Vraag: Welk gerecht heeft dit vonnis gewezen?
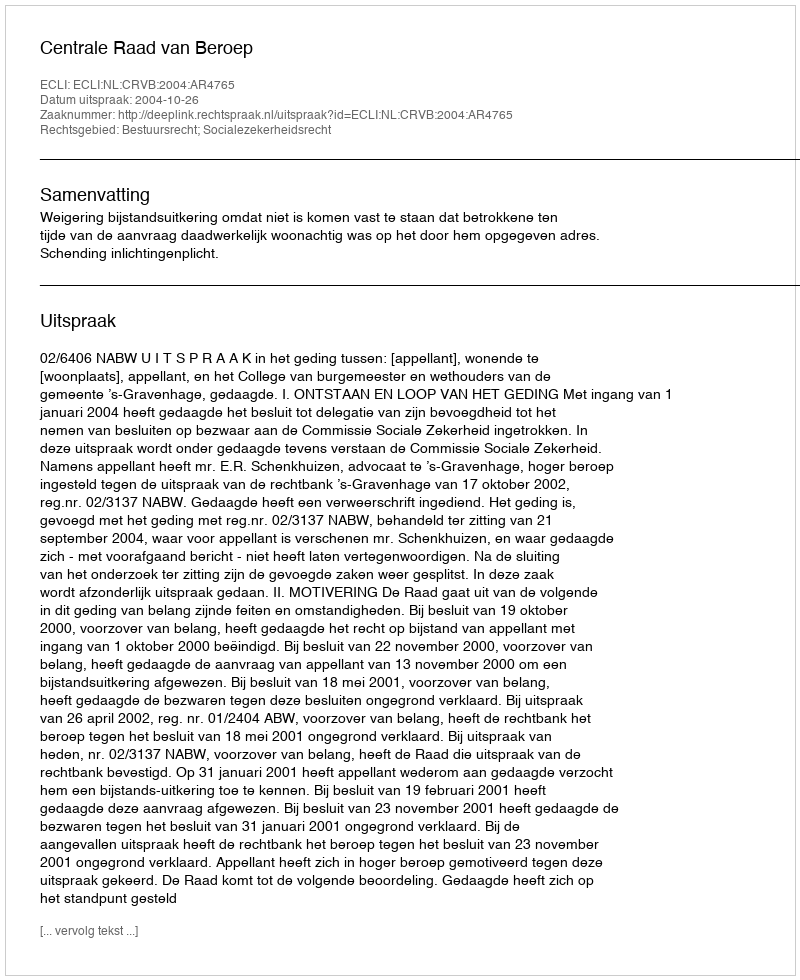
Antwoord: Centrale Raad van Beroep